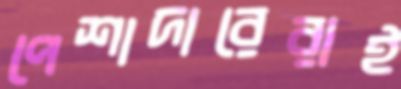
পেশাদারেরাই